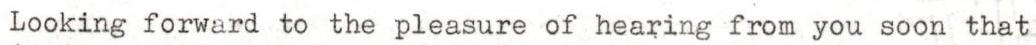
Looking forward to the pleasure of hearing from you soon that